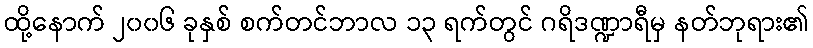
ထို့နောက် ၂၀၀၆ ခုနှစ် စက်တင်ဘာလ ၁၃ ရက်တွင် ဂရိဒဏ္ဍာရီမှ နတ်ဘုရား၏